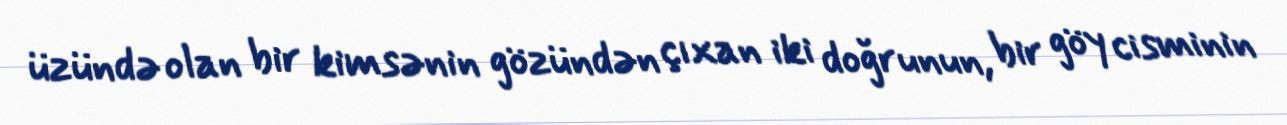
üzündə olan bir kimsənin gözündən çıxan iki doğrunun, bir göy cisminin